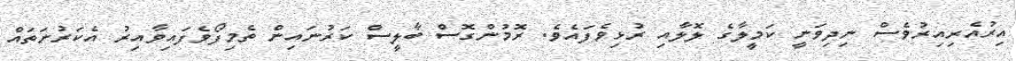
އިރުއެރިއިރުވެސް ނިދިވަނީ ކަމީލާގެ ލޮލާއި ރުޅިވެފައެވެ. ރޮމުންގޮސް ބާލީސް ކަރުނައިން ތެމިފޯވެފައިވާއިރު އެކަރުނަތައް